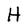
Character: H